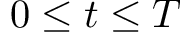
0 \le t \le T